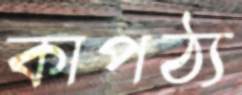
কাপঠ্য